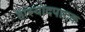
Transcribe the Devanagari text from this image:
हास्योदपादक